Punjab Mental Hospital Lahore 1932-46 - 1932-1946
Year: 1932
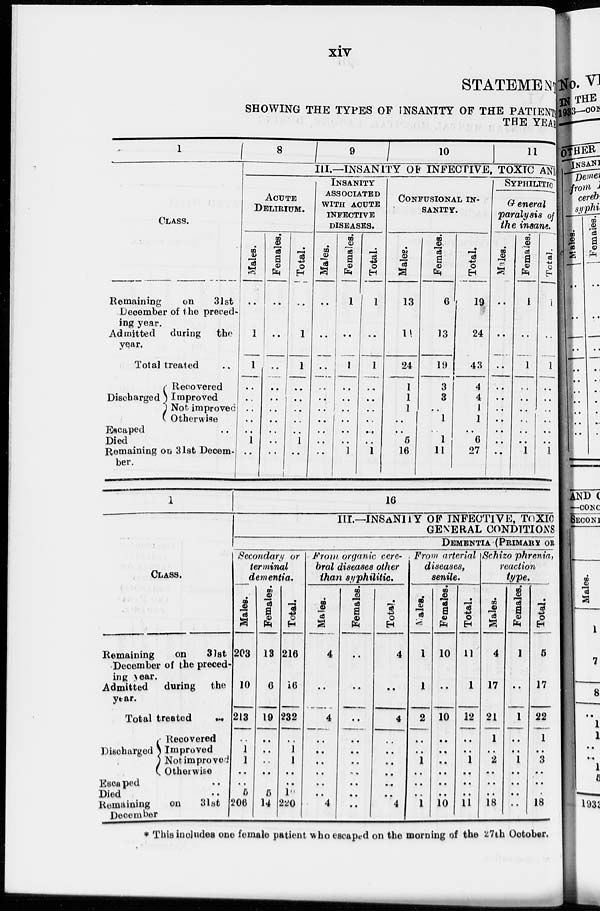
xiv
STATEMENT
SHOWING THE TYPES OF INSANITY OF THE PATIENT
THE YEAR
1
CLASS.
Remaining
on 31st
December of the preced-
ing year.
Admitted during the
year.
Total treated ..
Discharged
Recovered
Improved
Not improved
Otherwise
Escaped ..
Died
Remaining on 31st Decem-
ber.
8 9
10
11
III.—INSANITY OF INFECTIVE, TOXIC ANI
ACUTE
DELIRIUM.
Males.
..
1
1
..
..
..
..
..
1
..
Females.
..
..
..
..
..
..
..
..
..
..
Total.
..
1
1
..
..
..
..
..
1
..
INSANITY
ASSOCIATED
WITH ACUTE
INFECTIVE
DISEASES.
Males.
..
..
. .
..
..
..
..
..
..
Females.
1
..
1
..
..
..
..
..
..
1
Total.
1
..
1
..
..
..
..
..
..
1
CONFUSIONAL IN-
SANITY.
Males.
13
11
24
1
1
1
..
..
5
16
Females.
6
13
19
3
3
..
1
..
1
11
Total.
19
24
43
4
4
1
1
..
6
27
SYPHILITIC
General
paralysis of
the insane.
Males.
..
..
..
..
..
..
..
..
..
..
Females.
1
..
1
..
..
..
..
..
..
1
Total.
1
..
1
..
..
..
..
..
..
1
1
CLASS.
Remaining
on 31st
December of the preced-
ing year.
Admitted
during the
year.
Total treated
..
Discharged
Recovered
Improved
Not improved
Otherwise
Escaped
..
Died ..
Remaining
on 31st
December
16
III.—INSANITY OF INFECTIVE, TOXIC
GENERAL CONDITIONS
DEMENTIA (PRIMARY OR
Secondary or
terminal
dementia.
Males.
203
10
213
..
1
1
..
..
5
206
Females.
13
6
19
..
..
..
..
..
5
14
Total.
216
16
232
..
1
1
..
..
10
220
From organic cere-
bral diseases other
than syphilitic.
Males.
4
..
4
..
..
..
..
..
..
4
Females.
..
..
..
..
..
..
..
..
..
..
Total.
4
..
4
..
..
..
..
..
..
4
From arterial
diseases,
senile.
Males.
1
1
2
..
..
1
..
..
..
1
Females.
10
..
10
..
..
..
..
..
..
10
Total.
11
1
12
..
..
1
..
..
..
11
Schizo phrenia,
reaction
type.
Males.
4
17
21
1
..
2
..
..
..
18
Females.
1
..
1
..
..
1
..
..
..
..
Total.
5
17
22
1
..
3
..
..
..
18
* This includes one female patient who escaped on the morning of the 27th October.